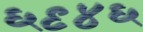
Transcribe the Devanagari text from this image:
६९४६